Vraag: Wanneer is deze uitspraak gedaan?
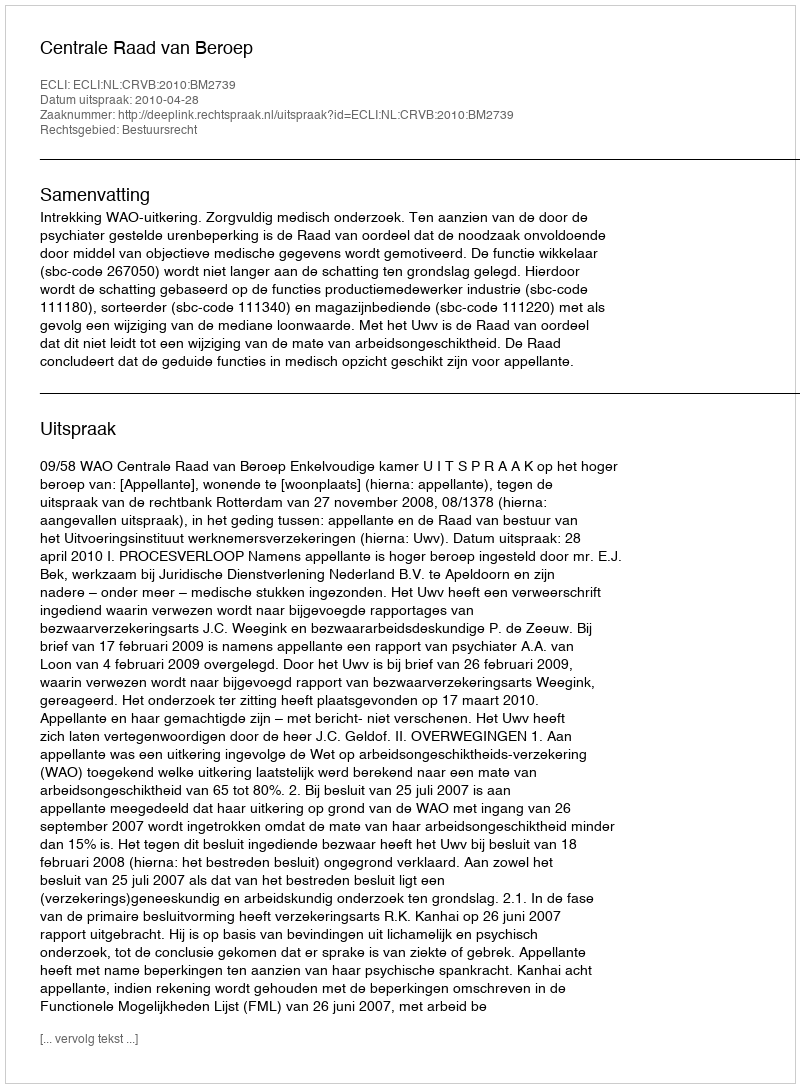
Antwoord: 2010-04-28